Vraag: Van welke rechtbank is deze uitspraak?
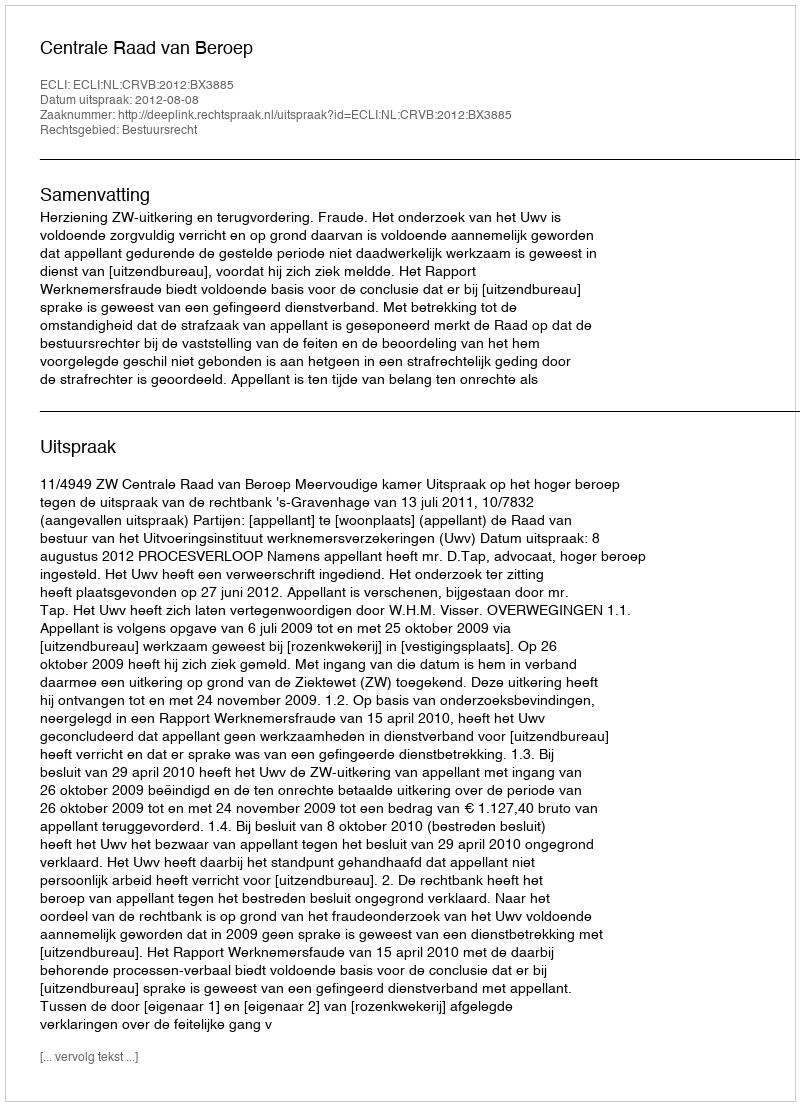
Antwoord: Centrale Raad van Beroep